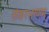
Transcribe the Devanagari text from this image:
संकरभरणम्